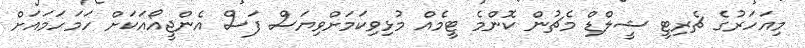
މިއަހަރުގެ ޗެރިޓީ ޝީލްޑް މެޗުން ކޮންމެ ޓީމެއް މުޅިވިކަމަށްވިޔަސް ފަސް އެންޖީއޯއަކަށް ހަމަހަމައަށް